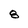
Character: 8